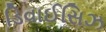
ડિવાઈસિઝ